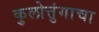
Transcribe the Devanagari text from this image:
कुलोत्तुंगाचा